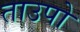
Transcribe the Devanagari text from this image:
ताउपो